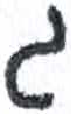
אות: ג